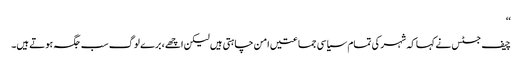
‘‘
چیف جسٹس نے کہا کہ شہر کی تمام سیاسی جماعتیں امن چاہتی ہیں لیکن اچھے، برے لوگ سب جگہ ہوتے ہیں۔